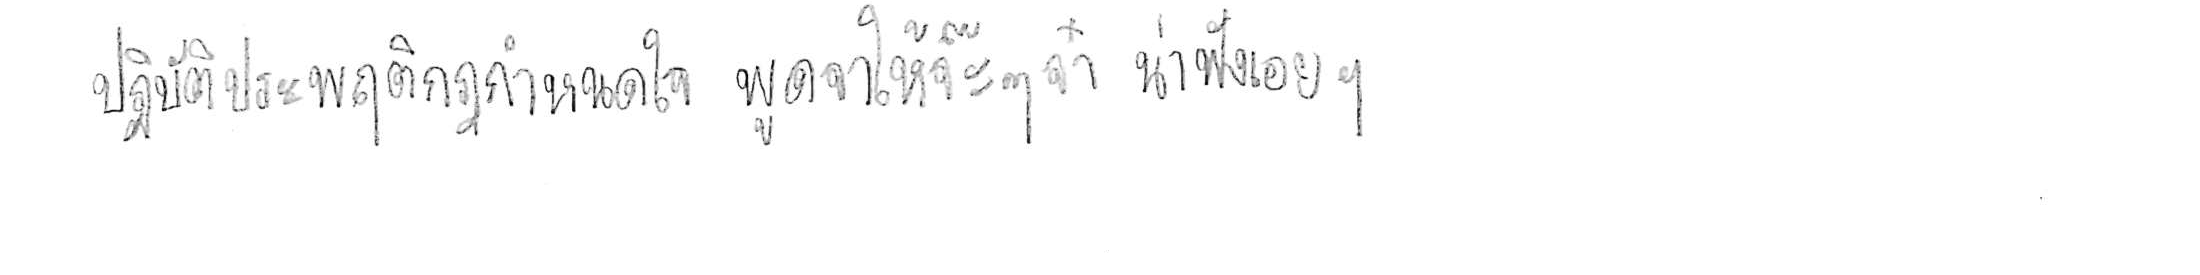
ปฏิบัติประพฤติกฎกำหนดใจ พูดจาให้จ๊ะๆ จ๋า น่าฟังเอยฯ